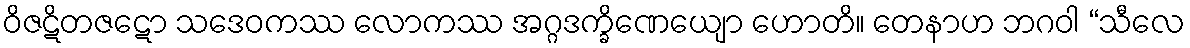
ဝိဇဋိတဇဋော သဒေဝကဿ လောကဿ အဂ္ဂဒက္ခိဏေယျော ဟောတိ။ တေနာဟ ဘဂဝါ “သီလေ